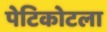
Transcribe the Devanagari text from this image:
पेटिकोटला